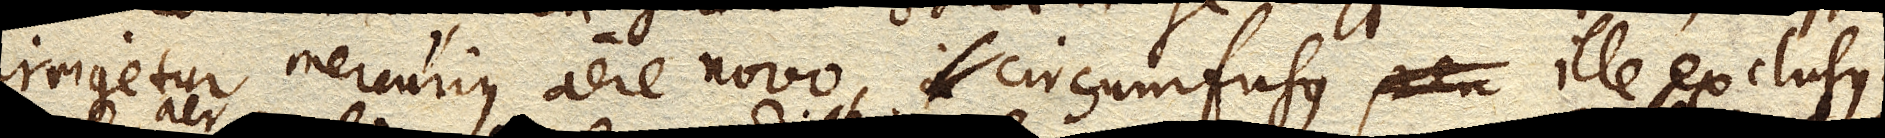
irrigetur mercurius aere novo, circumfusus ille exclususque